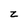
Character: z